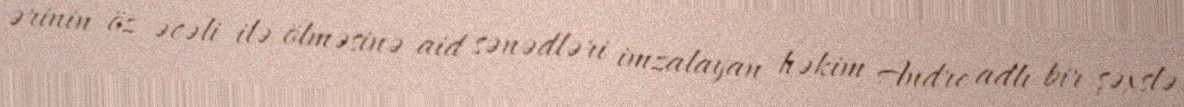
ərinin öz əcəli ilə ölməsinə aid sənədləri imzalayan həkim Andre adlı bir şəxslə